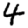
Digit: 4